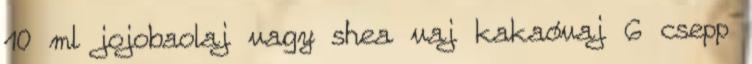
10 ml jojobaolaj vagy shea vaj kakaóvaj 6 csepp